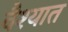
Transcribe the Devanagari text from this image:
वैश्यात